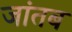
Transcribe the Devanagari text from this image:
जांतब